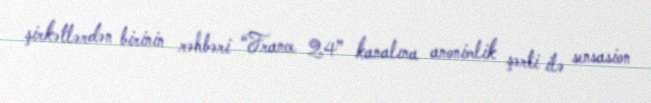
şirkətlərdən birinin rəhbəri “France 24” kanalına anonimlik şərti ilə sensasion